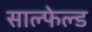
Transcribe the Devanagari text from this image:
साल्फेल्ड